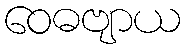
ဝေဓဗျာယ